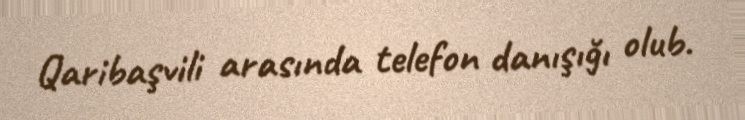
Qaribaşvili arasında telefon danışığı olub.